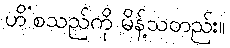
ဟိ’စသည်ကို မိန့်သတည်း။